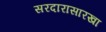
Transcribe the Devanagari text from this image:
सरदारासारखा